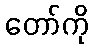
တော်ကို